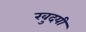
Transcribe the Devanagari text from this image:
खुदयी